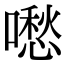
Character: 𠿈